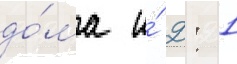
до́ма и́ 2: 1